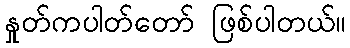
နှုတ်ကပါတ်တော် ဖြစ်ပါတယ်။